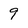
Character: 9